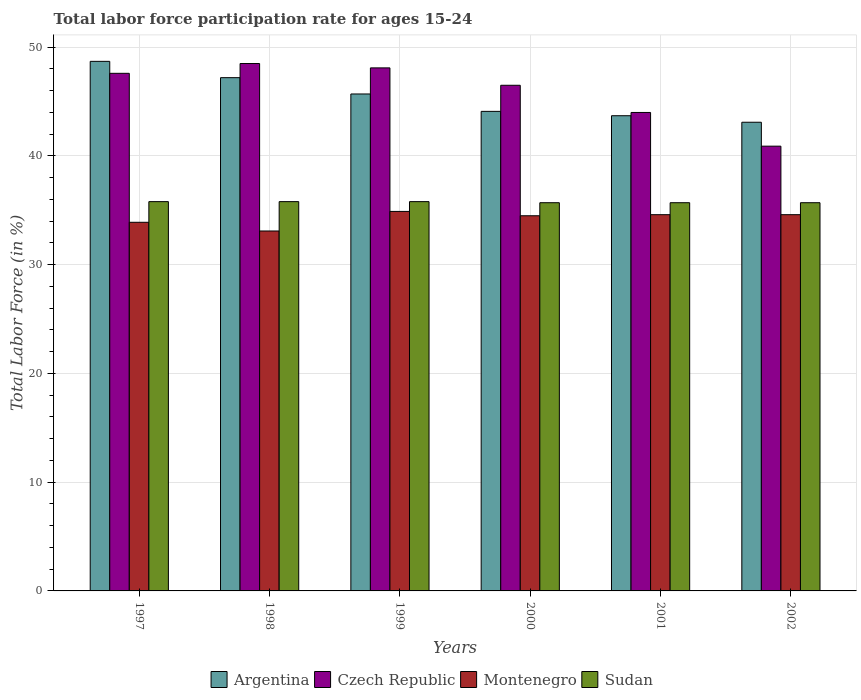
| Years | Argentina | Czech Republic | Montenegro | Sudan |
 | --- | --- | --- | --- | --- |
 | 1997 | 48.7 | 47.6 | 33.9 | 35.8 |
 | 1998 | 47.2 | 48.5 | 33.1 | 35.8 |
 | 1999 | 45.7 | 48.1 | 34.9 | 35.8 |
 | 2000 | 44.1 | 46.5 | 34.5 | 35.7 |
 | 2001 | 43.7 | 44 | 34.6 | 35.7 |
 | 2002 | 43.1 | 40.9 | 34.6 | 35.7 |